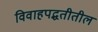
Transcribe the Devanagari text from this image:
विवाहपद्धतीतील